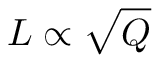
L \propto \sqrt { Q }